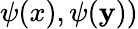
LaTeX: \psi({x}),\psi({\mathbf{y}}))